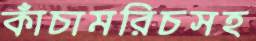
কাঁচামরিচসহ